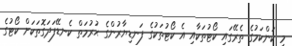
މި ކަންކަމުގެ ތެރޭގައި ކޯޓުތަކާއި އެ ކޯޓުތަކުގެ ފަނޑިޔާރުންގެ ޙުރުމަތް ކެނޑޭފަދަގޮތަކަށް ކޯޓުގެ